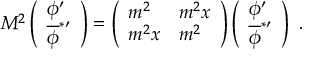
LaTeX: M ^ { 2 } \left( \begin{array} { l } { { \phi ^ { \prime } } } \\ { { { \overline { { { \phi } } } } ^ { * \prime } } } \end{array} \right) = \left( \begin{array} { l l } { { m ^ { 2 } } } & { { m ^ { 2 } x } } \\ { { m ^ { 2 } x } } & { { m ^ { 2 } } } \end{array} \right) \left( \begin{array} { l } { { \phi ^ { \prime } } } \\ { { { \overline { { { \phi } } } } ^ { * \prime } } } \end{array} \right) \ .